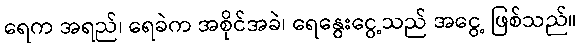
ရေက အရည်၊ ရေခဲက အစိုင်အခဲ၊ ရေနွေးငွေ့သည် အငွေ့ ဖြစ်သည်။